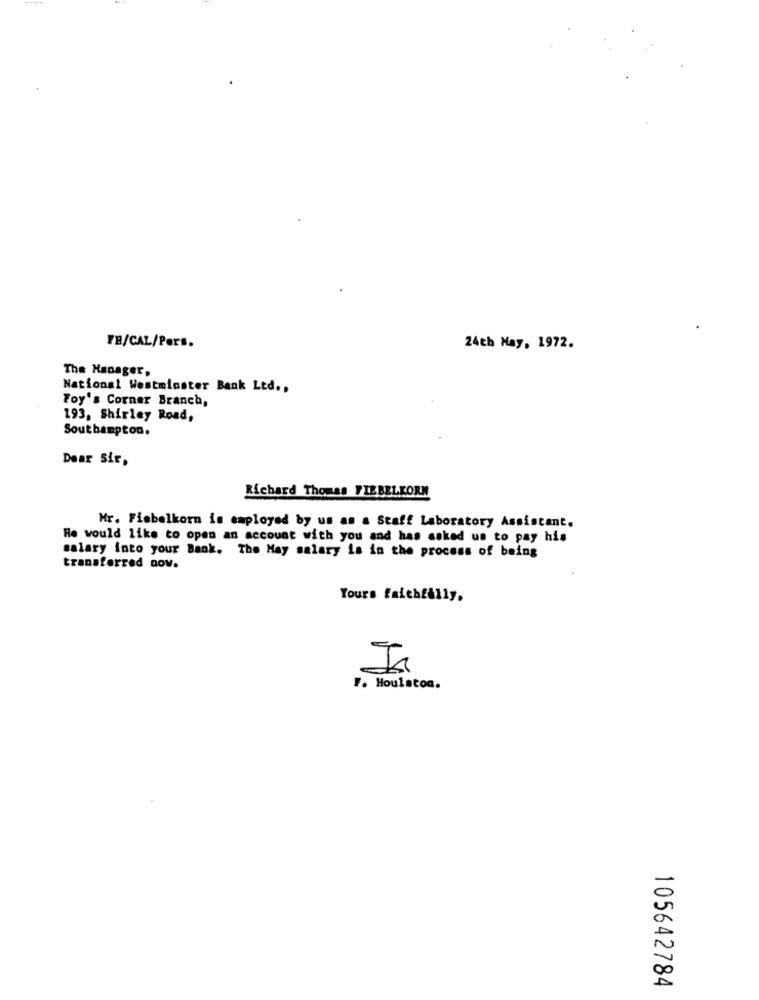
FB/CAL/Pers.
24th May, 1972.
The Manager,
National Westminster Bank Ltd .,
Foy's Corner Branch,
193, Shirley Road,
Southampton.
Dear Sir,
Richard Thomas WIEBELKORN
Mr. Fisbelkorn is employed by us as a Staff Laboratory Assistant.
He would like to open an account with you and has asked us to pay his
salary into your Bank. The May salary is in the process of being
transferred nov.
Yours faithfully,
r. Houlaton.
105642784